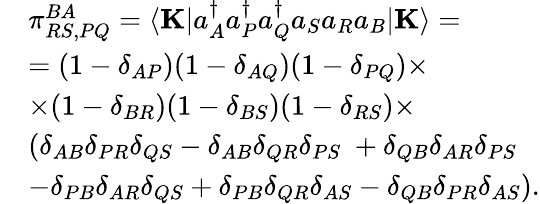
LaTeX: \begin{array}{rl}&{\pi_{RS,PQ}^{BA}=\langle\mathbf{K}|a_{A}^{\dagger}a_{P}^{\dagger}a_{Q}^{\dagger}a_{S}a_{R}a_{B}|\mathbf{K}\rangle=}\\ &{=(1-\delta_{AP})(1-\delta_{AQ})(1-\delta_{PQ})\times}\\ &{\times(1-\delta_{BR})(1-\delta_{BS})(1-\delta_{RS})\times}\\ &{\left(\delta_{AB}\delta_{PR}\delta_{QS}-\delta_{AB}\delta_{QR}\delta_{PS}\ +\delta_{QB}\delta_{AR}\delta_{PS}\right.}\\ &{\left.-\delta_{PB}\delta_{AR}\delta_{QS}+\delta_{PB}\delta_{QR}\delta_{AS}-\delta_{QB}\delta_{PR}\delta_{AS}\right).}\end{array}